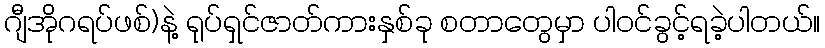
ဂျီအိုဂရပ်ဖစ်)နဲ့ ရုပ်ရှင်ဇာတ်ကားနှစ်ခု စတာတွေမှာ ပါဝင်ခွင့်ရခဲ့ပါတယ်။